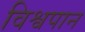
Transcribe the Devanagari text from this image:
विश्वपान